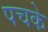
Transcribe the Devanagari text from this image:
पचके